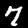
Digit: 7